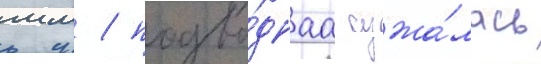
мм / подво́днаа сужа́лась